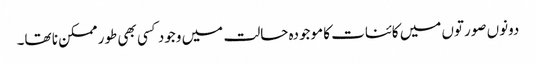
دونوں صورتوں میں کائنات کا موجودہ حالت میں وجود کسی بھی طور ممکن نا تھا۔